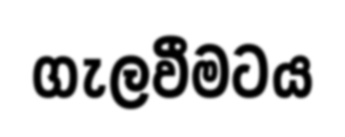
ගැලවීමටය